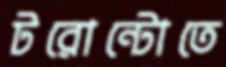
টরোন্টোতে